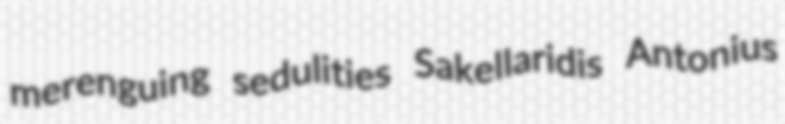
merenguing sedulities Sakellaridis Antonius